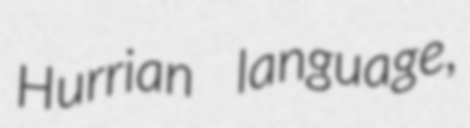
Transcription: Hurrian language,